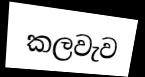
කලවැව